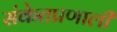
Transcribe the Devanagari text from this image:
संकेतप्रणालीं